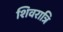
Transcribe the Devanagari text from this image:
शिवरात्रि